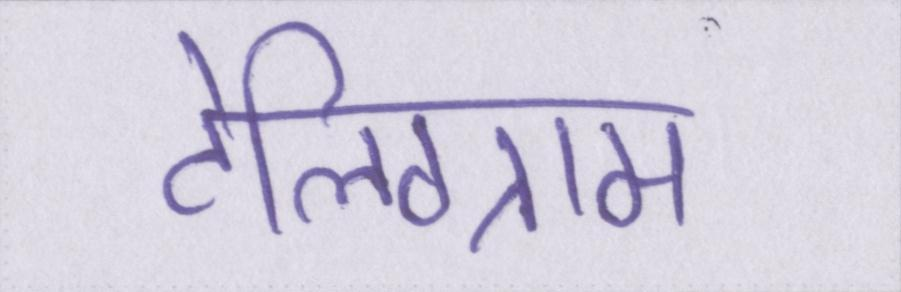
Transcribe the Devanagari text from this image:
टेलिग्राम